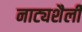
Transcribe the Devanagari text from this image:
नाट्यशैली